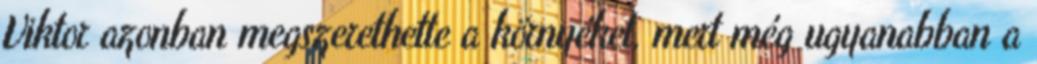
Viktor azonban megszerethette a környéket, mert még ugyanabban a